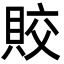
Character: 賋